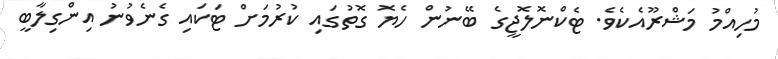
މުހިއްމު މަޝްރޫއެކެވެ. ޓެކްނޮލޮޖީގެ ބޭނުން ހެޔޮ ގޮތުގައި ކުރުމަށް ޓަކައި ގެނެވުނު އިންގިލާބީ